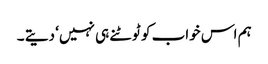
ہم اس خواب کو ٹوٹنے ہی نہیں‘ دیتے ۔